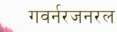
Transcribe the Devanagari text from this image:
गवर्नरजनरल